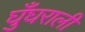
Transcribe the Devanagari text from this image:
घुँघराली